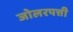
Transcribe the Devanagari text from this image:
जोलरपत्ती